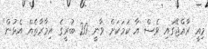
މިއީ ރާއްޖޭގައި ވެސް އާ ކަމަކަށް ވާނީ 20 ބުރީގެ އިމާރާތެއް އެޅުން"